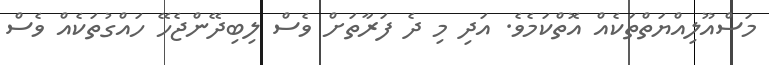
މަސްއޫލިއްޔަތްތަކެއް އޮތްކަމެވެ. އަދި މި ދެ ފަރާތަށް ވެސް ލިބިދޭންޖެހޭ ހައްގުތަކެއް ވެސް